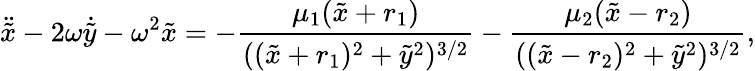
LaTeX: \ddot{\tilde{x}}-2\omega\dot{\tilde{y}}-\omega^{2}\tilde{x}=-\frac{\mu_{1}(\tilde{x}+r_{1})}{((\tilde{x}+r_{1})^{2}+{\tilde{y}}^{2})^{3/2}}-\frac{\mu_{2}(\tilde{x}-r_{2})}{((\tilde{x}-r_{2})^{2}+{\tilde{y}}^{2})^{3/2}},